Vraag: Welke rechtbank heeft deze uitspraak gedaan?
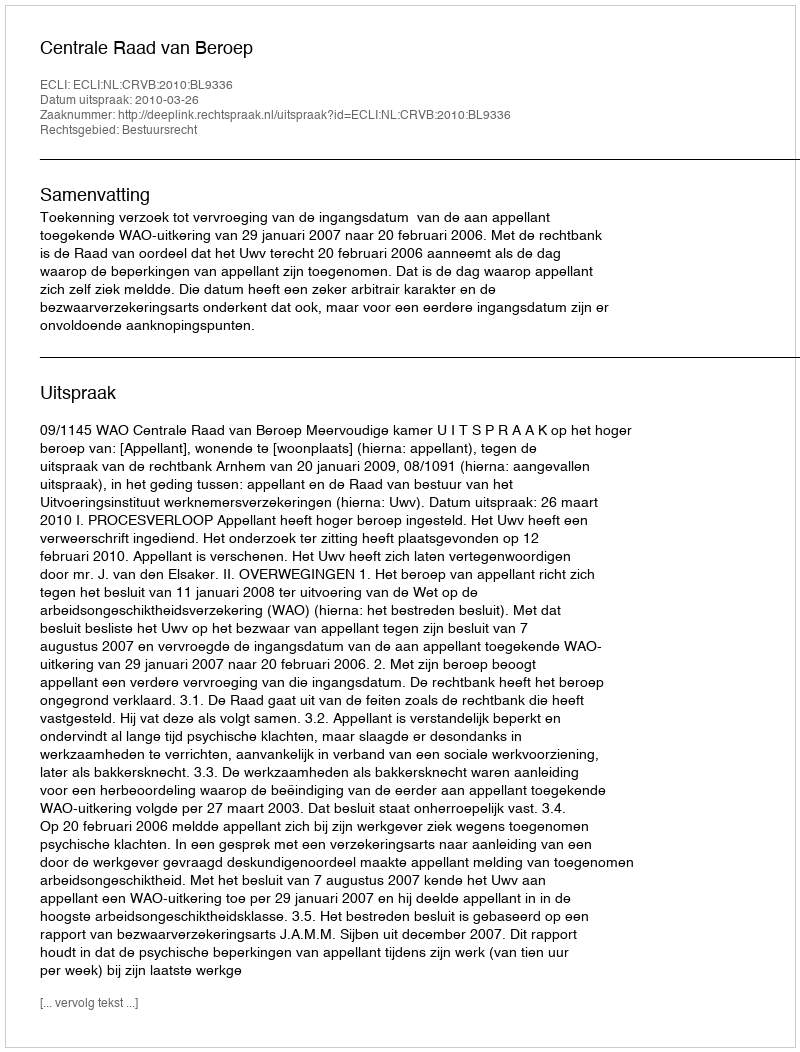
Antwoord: Centrale Raad van Beroep